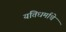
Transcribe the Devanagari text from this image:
यतिधर्माचे